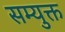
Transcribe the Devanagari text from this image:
सम्युक्त